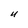
Character: U